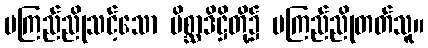
မကြည်ညိုသင့်သော မိစ္ဆာဒိဋ္ဌိတို့၌ မကြည်ညိုတတ်သူ။